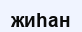
жиһан